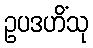
ဥပဒဟိံသု